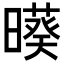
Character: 𣋒